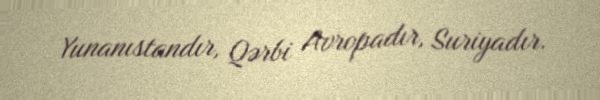
Yunanıstandır, Qərbi Avropadır, Suriyadır.